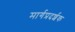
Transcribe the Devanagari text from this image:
मार्गप्रदर्शक